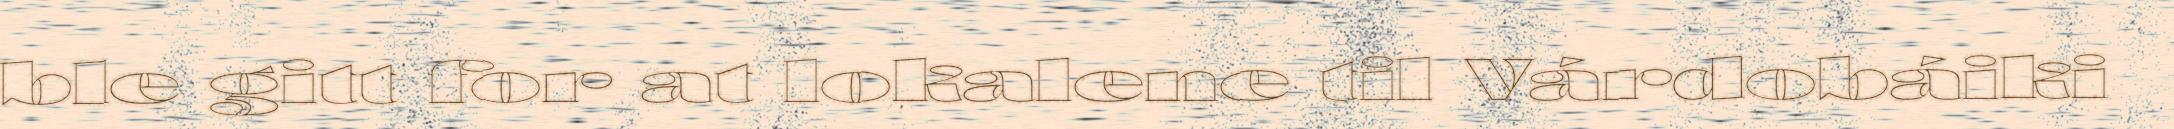
ble gitt for at lokalene til Várdobáiki